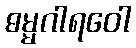
ဓမ္မဂါရဝေါ